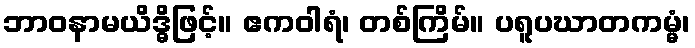
ဘာဝနာမယိဒ္ဓိဖြင့်။ ဧကဝါရံ၊ တစ်ကြိမ်။ ပရူပဃာတကမ္မံ၊